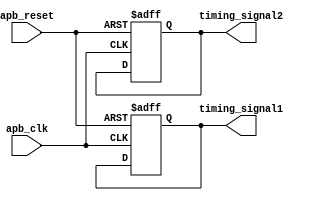
module apb_timing_control(
    input wire apb_clk,
    input wire apb_reset,
    //Add any other input signals required for timing control
    
    //Output signals for timing control
    output reg timing_signal1,
    output reg timing_signal2,
    //Add any other output signals required for timing control
);

//Generate clock signals and other timing signals required for APB bus communication
always @(posedge apb_clk or negedge apb_reset) begin
    if(~apb_reset) begin
        //Reset values for timing signals
        timing_signal1 <= 1'b0;
        timing_signal2 <= 1'b0;
        //Add reset values for any other timing signals
    end else begin
        //Generate timing signals based on clock and synchronization logic
        //Implement timing logic here
        
    end
end

//Other modules for data transfer timing and protocol-specific control signals can be instantiated here

endmodule